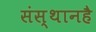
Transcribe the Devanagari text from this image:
संस्थानहै